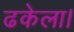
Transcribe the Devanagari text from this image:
ढकेला।